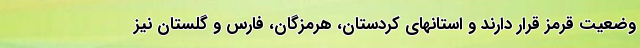
وضعیت قرمز قرار دارند و استانهای کردستان، هرمزگان، فارس و گلستان نیز